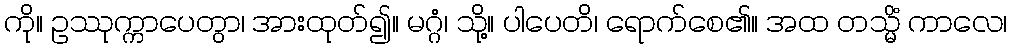
ကို။ ဥဿုက္ကာပေတွာ၊ အားထုတ်၍။ မဂ္ဂံ၊ သို့။ ပါပေတိ၊ ရောက်စေ၏။ အထ တသ္မိံ ကာလေ၊